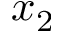
x _ { 2 }